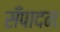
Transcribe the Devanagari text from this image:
सँपादन